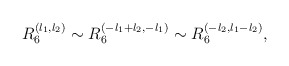
\begin{align*}R_6^{(l_1,l_2)} \sim R_6^{(-l_1+l_2,-l_1)}\sim R_6^{(-l_2,l_1-l_2)},\end{align*}